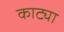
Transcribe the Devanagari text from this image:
काट्या